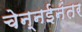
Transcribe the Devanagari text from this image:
चेन्नईनंतर